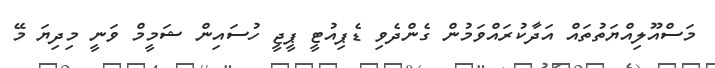
މަސްއޫލިއްޔަތުތައް އަދާކުރައްވަމުން ގެންދެވި ޑެޕިއުޓީ ޕީޖީ ހުސައިން ޝަމީމް ވަނީ މިދިޔަ މޭ